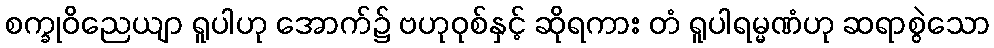
စက္ခုဝိညေယျာ ရူပါဟု အောက်၌ ဗဟုဝုစ်နှင့် ဆိုရကား တံ ရူပါရမ္မဏံဟု ဆရာစွဲသော